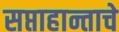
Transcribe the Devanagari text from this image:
सप्ताहान्ताचे